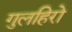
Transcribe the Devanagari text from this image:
गुलहिरो